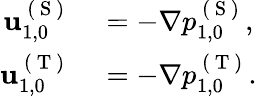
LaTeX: \begin{array}{rl}{\mathbf{u}_{1,0}^{\mathrm{~(~S~)~}}}&{{}=-\nabla p_{1,0}^{\mathrm{~(~S~)~}},}\\ {\mathbf{u}_{1,0}^{\mathrm{~(~T~)~}}}&{{}=-\nabla p_{1,0}^{\mathrm{~(~T~)~}}.}\end{array}